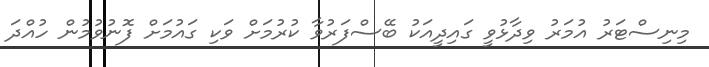
މިނިސްޓަރު އުމަރު ވިދާޅުވީ ގައިދީއަކު ބޭސްފަރުވާ ކުރުމަށް ވަކި ގައުމަށް ފޮނުވުމުން ހުއްދަ